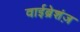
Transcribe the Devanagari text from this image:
वाईब्रेशंज़